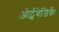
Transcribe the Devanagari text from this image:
ओर्ट्सबेजिर्के